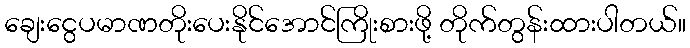
ချေးငွေပမာဏတိုးပေးနိုင်အောင်ကြိုးစားဖို့ တိုက်တွန်းထားပါတယ်။